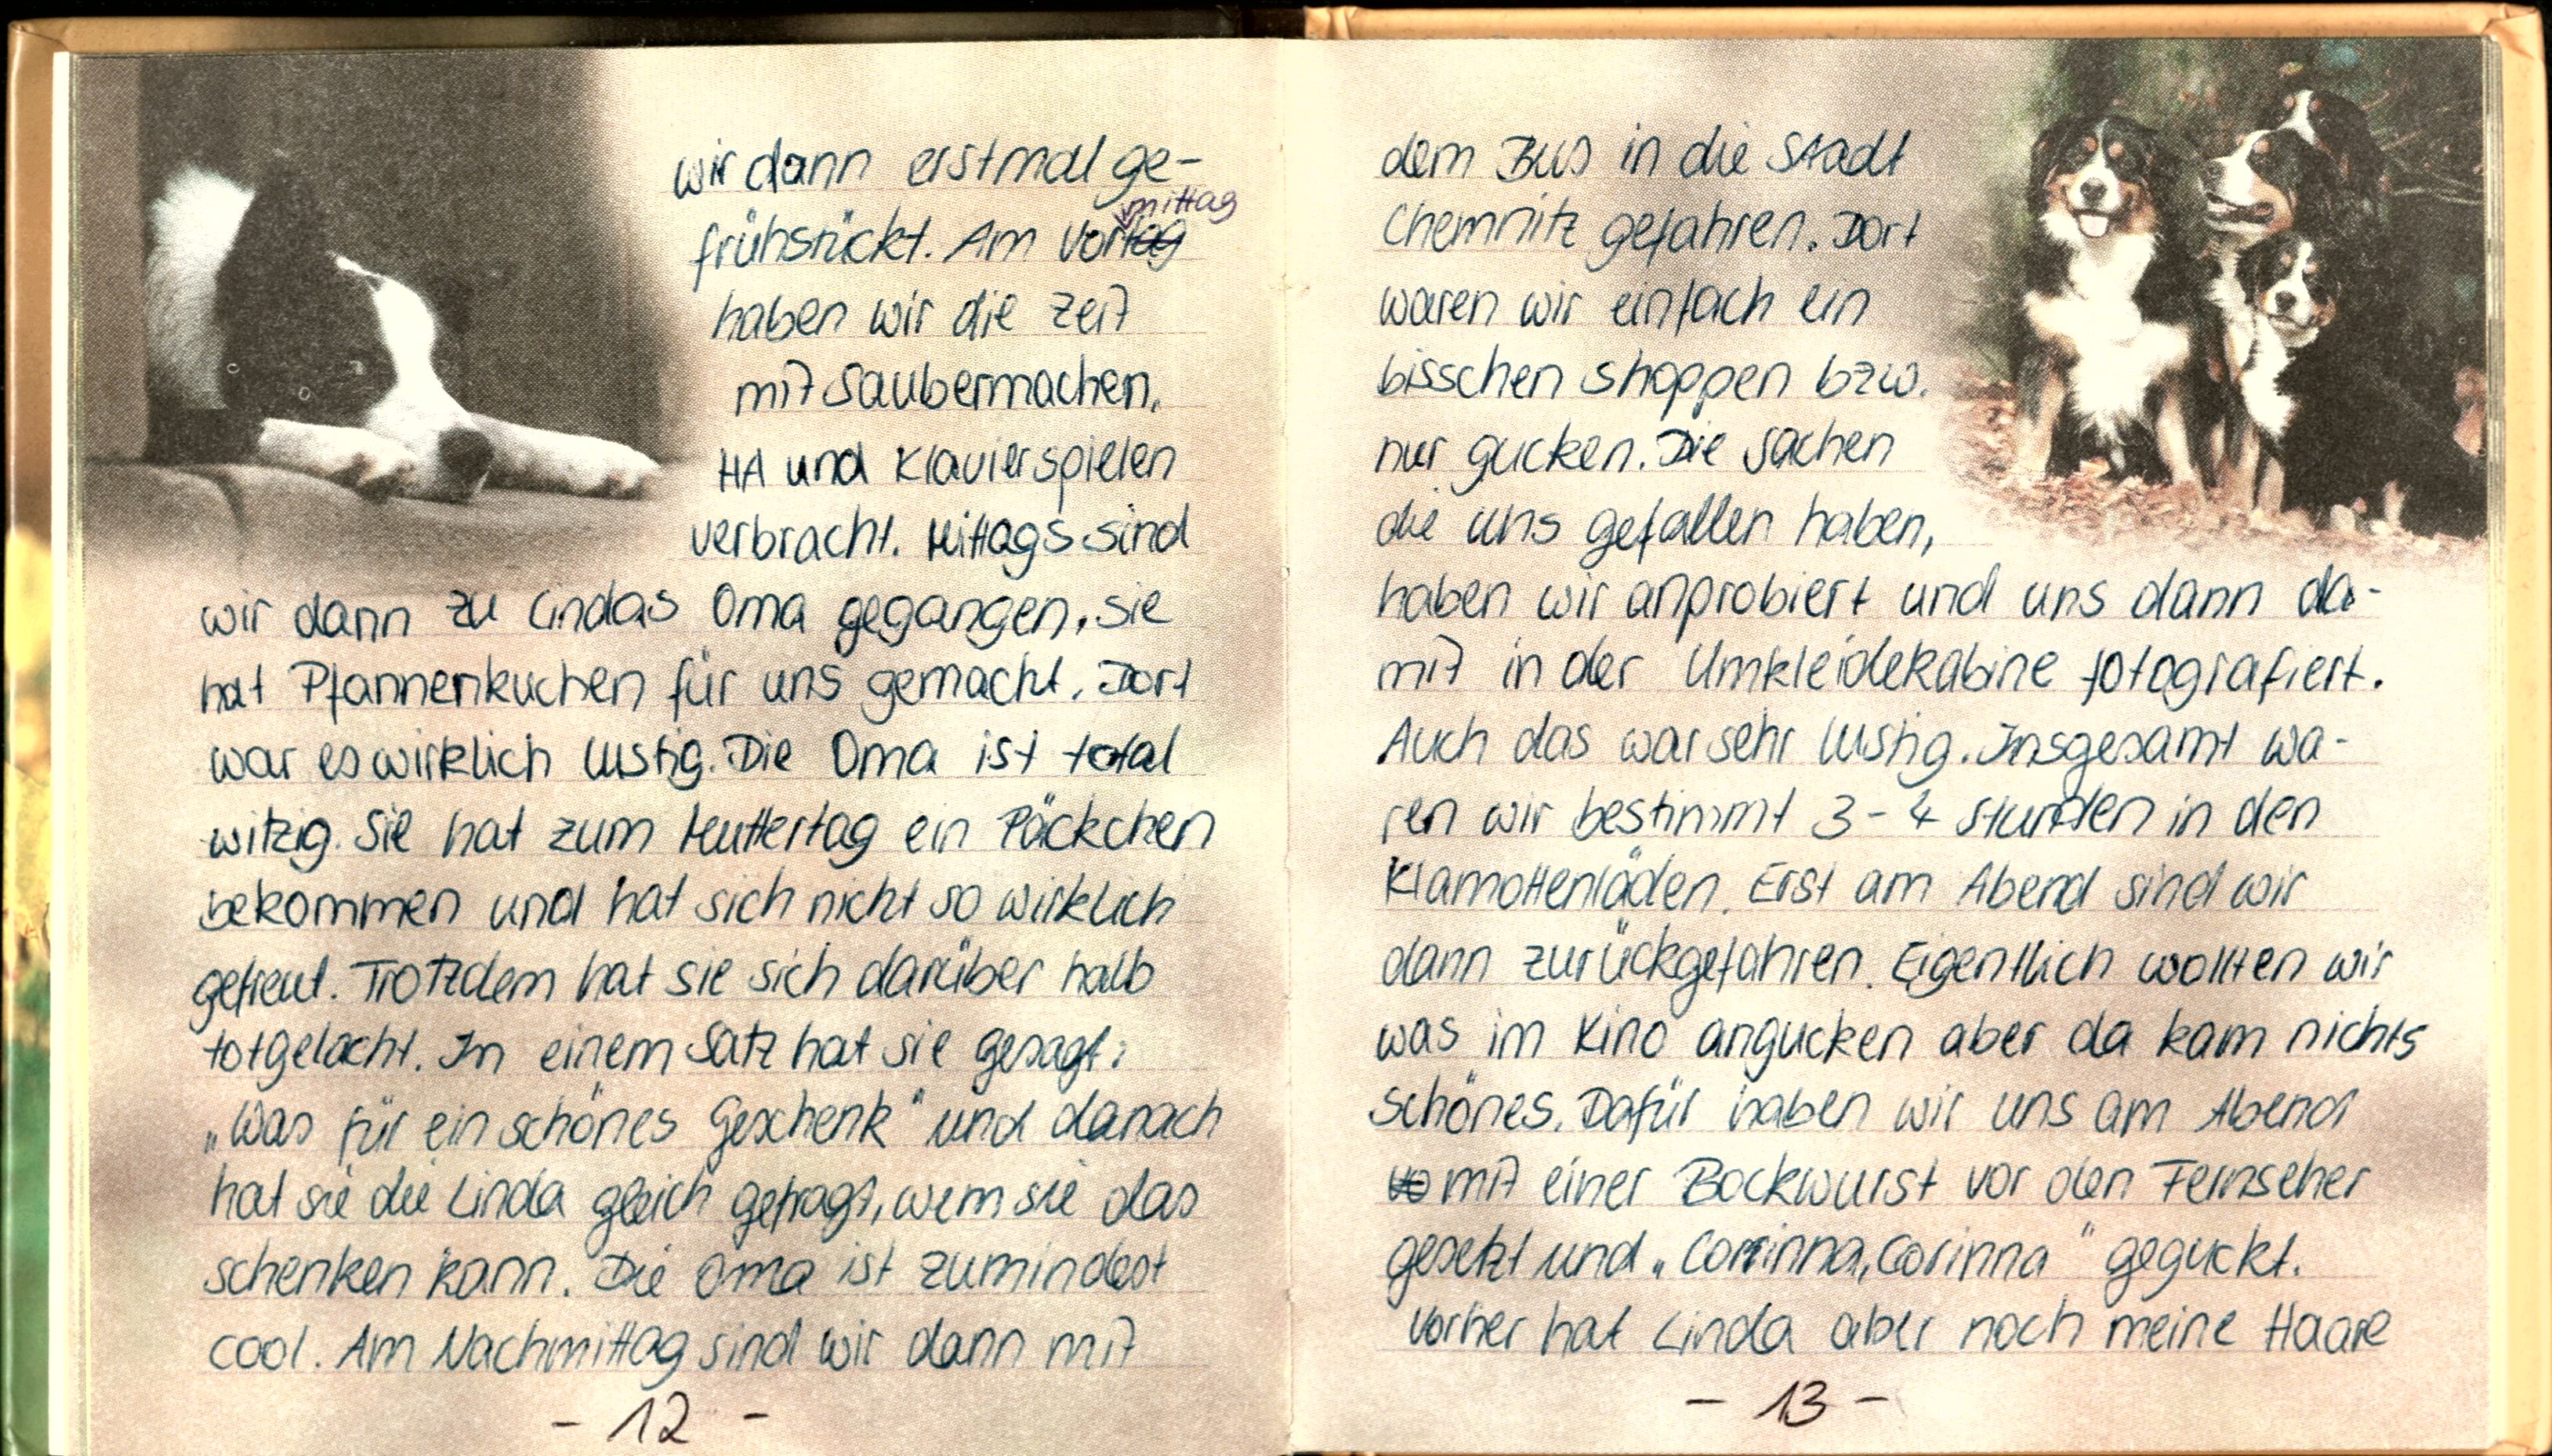
wir dann erstmal ge-
frühstückt. Am Vormittag
haben wir die Zeit
mit saubermachen,
HA und Klavierspielen
verbracht. Mittags sind
wir dann zu Lindas Oma gegangen, sie
hat Pfannenkuchen für uns gemacht. Dort
war es wirklich lustig. Die Oma ist total
witzig. Sie hat zum Muttertag ein Päckchen
bekommen und hat sich nicht so wirklich
gefreut. Trotzdem hat sie sich darüber halb
totgelacht. In einem Satz hat sie gesagt:
„Was für ein schönes Geschenk" und danach
hat sie die Linda gleich gefragt, wem sie das
schenken kann. Die Oma ist zumindest
cool. Am Nachmittag sind wir dann mit

dem Bus in die Stadt
Chemnitz gefahren. Dort
waren wir einfach ein
bisschen shoppen bzw.
nur gucken. Die Sachen
die uns gefallen haben,
haben wir anprobiert und uns dann da-
mit in der Umkleidekabine fotografiert.
Auch das war sehr lustig. Insgesamt wa-
ren wir bestimmt 3-4 Stunden in den
Klamottenläden. Erst am Abend sind wir
dann zurückgefahren. Eigentlich wollten wir
was im Kino angucken aber da kam nichts
schönes. Dafür haben wir uns am Abend
mit einer Bockwurst vor den Fernseher
gesetzt und „Corinna, Corinna" geguckt.
Vorher hat Linda aber noch meine Haare